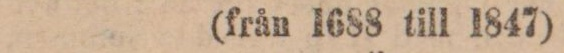
(från 1688 till 1847)